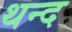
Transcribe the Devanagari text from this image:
थन्द